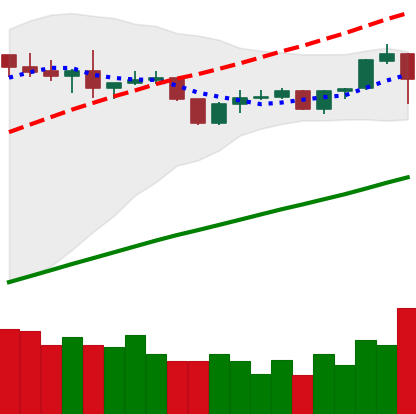
Ticker: BNB-USD
Chart end date: 2019-06-14
Forward return: 6.684%
Label: up_5_7